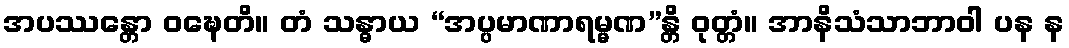
အပဿန္တော ဝဍ္ဎေတိ။ တံ သန္ဓာယ “အပ္ပမာဏာရမ္မဏ”န္တိ ဝုတ္တံ။ အာနိသံသာဘာဝါ ပန န